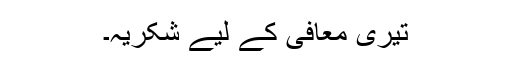
تیری معافی کے لیے شکریہ۔